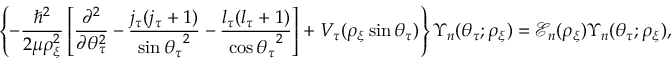
\left\{ - \frac { \hbar ^ { 2 } } { 2 \mu \rho _ { \xi } ^ { 2 } } \left[ \frac { \partial ^ { 2 } } { \partial \theta _ { \tau } ^ { 2 } } - \frac { j _ { \tau } ( j _ { \tau } + 1 ) } { \sin { \theta _ { \tau } } ^ { 2 } } - \frac { l _ { \tau } ( l _ { \tau } + 1 ) } { \cos { \theta _ { \tau } } ^ { 2 } } \right] + V _ { \tau } ( \rho _ { \xi } \sin { \theta _ { \tau } } ) \right\} \Upsilon _ { n } ( \theta _ { \tau } ; \rho _ { \xi } ) = \mathcal { E } _ { n } ( \rho _ { \xi } ) \Upsilon _ { n } ( \theta _ { \tau } ; \rho _ { \xi } ) ,